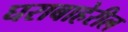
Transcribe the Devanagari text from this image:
घराबाहेरील